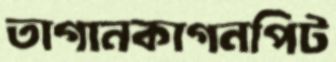
তাগানকাগনপিট